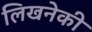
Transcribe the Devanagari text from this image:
लिखनेकी